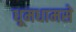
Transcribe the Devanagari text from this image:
धूमधामसे